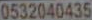
0532040435